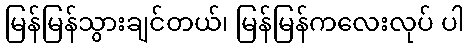
မြန်မြန်သွားချင်တယ်၊ မြန်မြန်ကလေးလုပ် ပါ